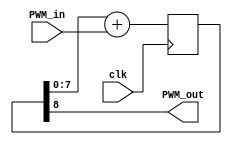
module fpga4fun_ds8dac1(clk, PWM_in, PWM_out);
input clk;
input [7:0] PWM_in;
output PWM_out;

reg [8:0] PWM_accumulator;
always @(posedge clk) PWM_accumulator <= PWM_accumulator[7:0] + PWM_in;

assign PWM_out = PWM_accumulator[8];
endmodule